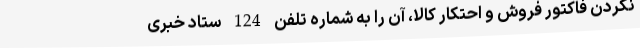
نکردن فاکتور فروش و احتکار کالا، آن را به شماره تلفن 124 ستاد خبری